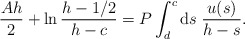
\begin{align*}\frac{A h}{2} + \ln \frac{h-1/2}{h- c} = P \int_{d}^{c} {\rm d} s \;\frac{ u (s)}{h-s}.\end{align*}